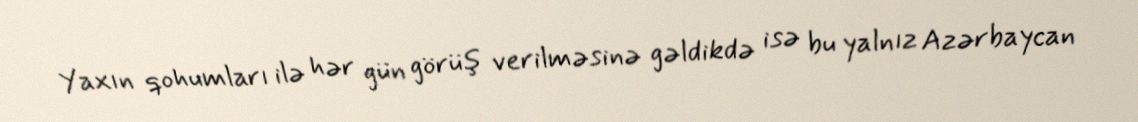
Yaxın qohumları ilə hər gün görüş verilməsinə gəldikdə isə bu yalnız Azərbaycan